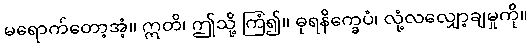
မရောက်တော့အံ့။ ဣတိ၊ ဤသို့ ကြံ၍။ ဓုရနိက္ခေပံ၊ လုံ့လလျှော့ချမှုကို။